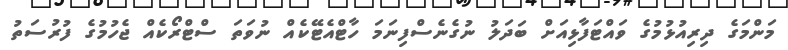
މަންމަގެ ދިރިއުޅުމުގެ ވައްޓަފާޅިއަށް ބަދަލު ނުގެނެސްފިނަމަ ހާޓްއެޓޭކެއް ނުވަތަ ސްޓްރޯކެއް ޖެހުމުގެ ފުރުސަތު